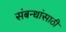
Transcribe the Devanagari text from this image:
संबन्धांसाठी